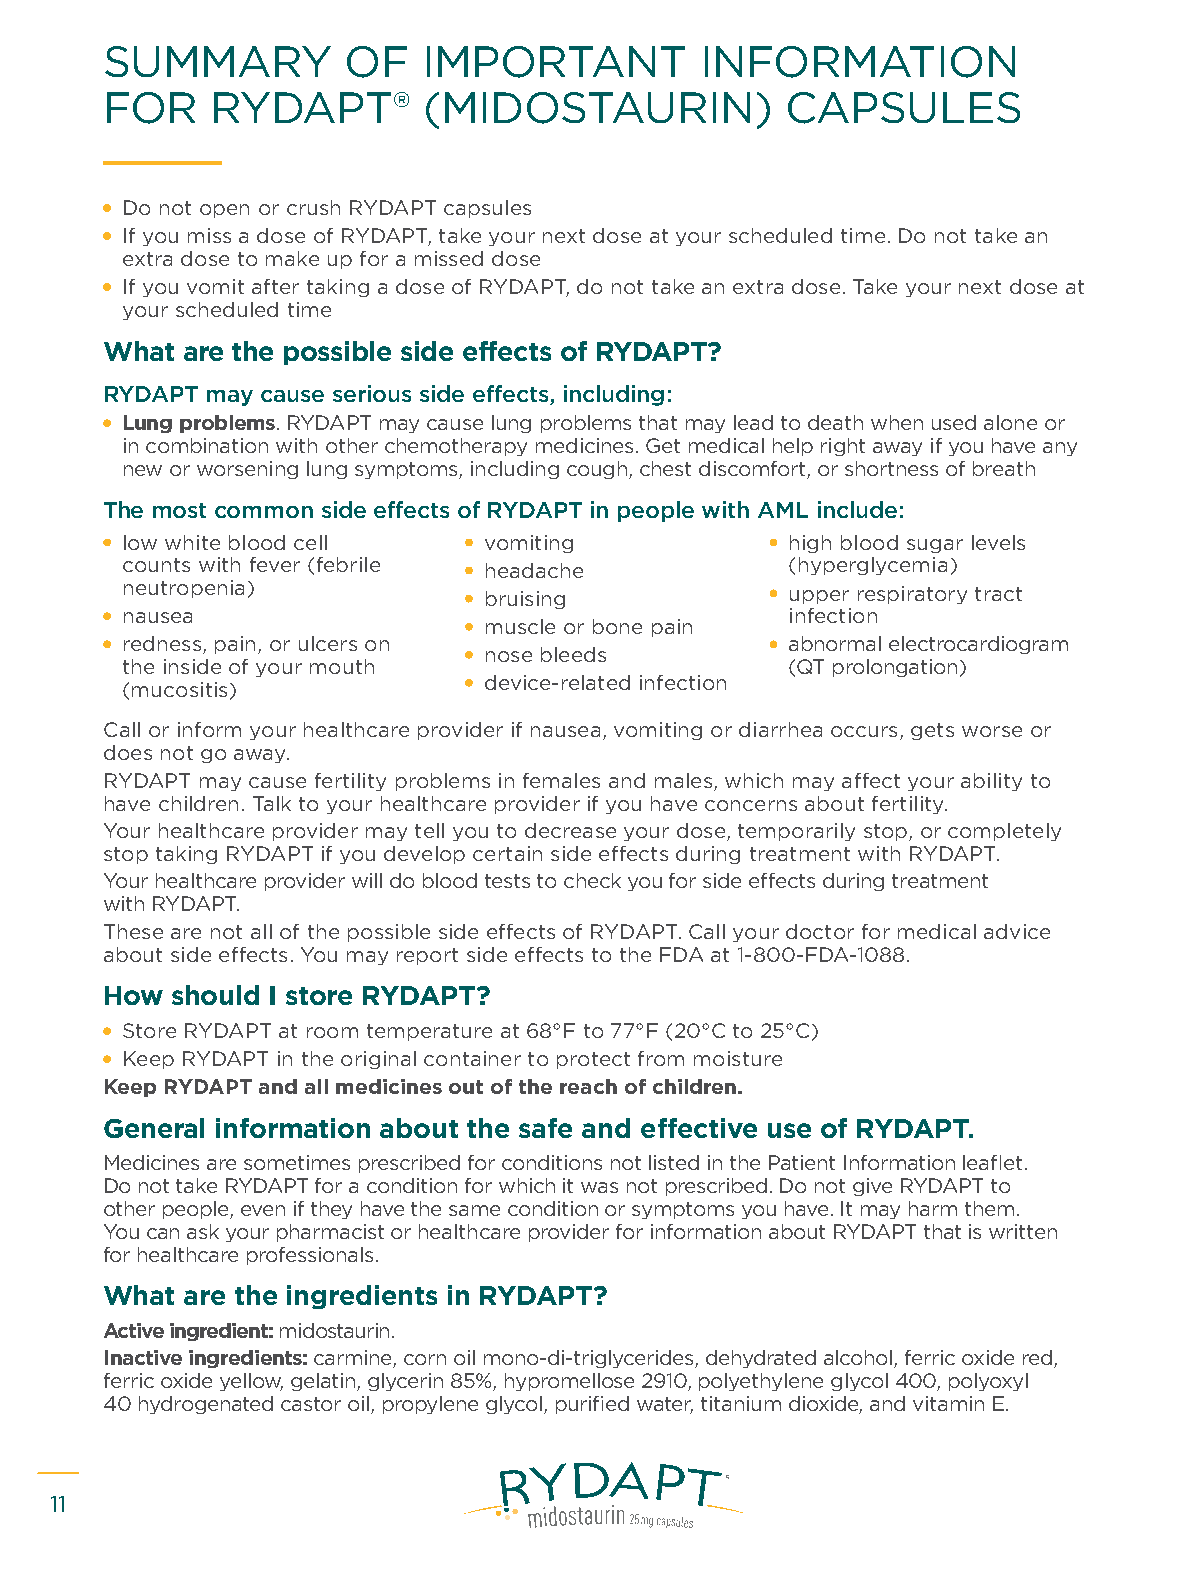
SUMMARY         OF   IMPORTANT         INFORMATION
 FOR    RYDAPT®       (MIDOSTAURIN)           CAPSULES
 Do not open or crush RYDAPT capsules
 If you miss a dose of RYDAPT, take your next dose at your scheduled time. Do not take an
 extra dose to make up for a missed dose
 If you vomit after taking a dose of RYDAPT, do not take an extra dose. Take your next dose at
 your scheduled time
 What are the possible side effects of RYDAPT?
 RYDAPT may cause serious side effects, including:
 Lung problems. RYDAPT may cause lung problems that may lead to death when used alone or
 in combination with other chemotherapy medicines. Get medical help right away if you have any
 new or worsening lung symptoms, including cough, chest discomfort, or shortness of breath
 The most common side effects of RYDAPT in people with AML include:
 low white blood cell    vomiting            high blood sugar levels
 counts with fever (febrile headache         (hyperglycemia)
 neutropenia)            bruising            upper respiratory tract
 nausea                                      infection
 muscle or bone pain
 redness, pain, or ulcers on                 abnormal electrocardiogram
 nose bleeds
 the inside of your mouth                    (QT prolongation)
 device-related infection
 (mucositis)
 Call or inform your healthcare provider if nausea, vomiting or diarrhea occurs, gets worse or
 does not go away.
 RYDAPT may cause fertility problems in females and males, which may affect your ability to
 have children. Talk to your healthcare provider if you have concerns about fertility.
 Your healthcare provider may tell you to decrease your dose, temporarily stop, or completely
 stop taking RYDAPT if you develop certain side effects during treatment with RYDAPT.
 Your healthcare provider will do blood tests to check you for side effects during treatment
 with RYDAPT.
 These are not all of the possible side effects of RYDAPT. Call your doctor for medical advice
 about side effects. You may report side effects to the FDA at 1-800-FDA-1088.
 How should I store RYDAPT?
 Store RYDAPT at room temperature at 68°F to 77°F (20°C to 25°C)
 Keep RYDAPT in the original container to protect from moisture
 Keep RYDAPT and all medicines out of the reach of children.
 General information about the safe and effective use of RYDAPT.
 Medicines are sometimes prescribed for conditions not listed in the Patient Information leaflet.
 Do not take RYDAPT for a condition for which it was not prescribed. Do not give RYDAPT to
 other people, even if they have the same condition or symptoms you have. It may harm them.
 You can ask your pharmacist or healthcare provider for information about RYDAPT that is written
 for healthcare professionals.
 What are the ingredients in RYDAPT?
 Active ingredient: midostaurin.
 Inactive ingredients: carmine, corn oil mono-di-triglycerides, dehydrated alcohol, ferric oxide red,
 ferric oxide yellow, gelatin, glycerin 85%, hypromellose 2910, polyethylene glycol 400, polyoxyl
 40 hydrogenated castor oil, propylene glycol, purified water, titanium dioxide, and vitamin E.
 11